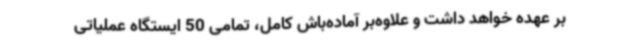
بر عهده خواهد داشت و علاوه‌بر آماده‌باش کامل، تمامی 50 ایستگاه عملیاتی